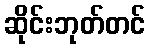
ဆိုင်းဘုတ်တင်